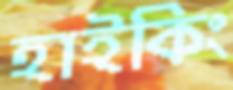
হাইকিং